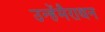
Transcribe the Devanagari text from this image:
उन्हेंमैराथन